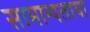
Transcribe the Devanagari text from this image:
सामान्यताया